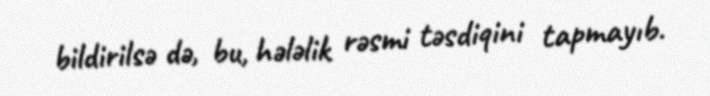
bildirilsə də, bu, hələlik rəsmi təsdiqini tapmayıb.